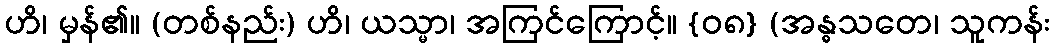
ဟိ၊ မှန်၏။ (တစ်နည်း) ဟိ၊ ယသ္မာ၊ အကြင်ကြောင့်။ {၀၈} (အန္ဓသတေ၊ သူကန်း